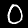
Label: 0